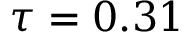
\tau = 0 . 3 1